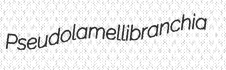
Pseudolamellibranchia